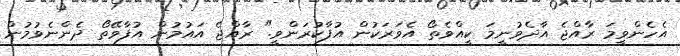
އެހެންވީމަ ރާއްޖެ އާދެވުނީމަ ކީއްވެތޯ އެވަރަކުން އުފާކުރަންވީ." ރާއްޖެ އައުމުން އުފާވޭތޯ ދެންނެވުމުން